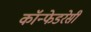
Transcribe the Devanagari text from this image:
कॉन्फेडरेसी